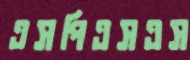
এসপিএসএস